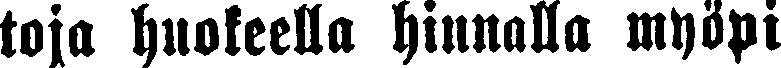
toja huokeella hinnalla myöpi